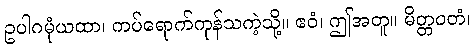
ဥပါဂမုံယထာ၊ ကပ်ရောက်ကုန်သကဲ့သို့။ ဧဝံ၊ ဤအတူ။ မိတ္တဝတံ၊